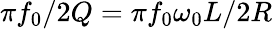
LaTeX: \pi f_{0}/2Q=\pi f_{0}\omega_{0}L/2R